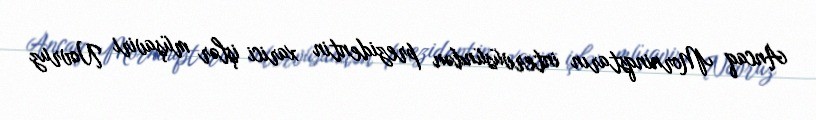
Ancaq Morninqstarın intervüsündən prezidentin xarici işlər müşaviri Novruz